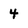
Character: 4